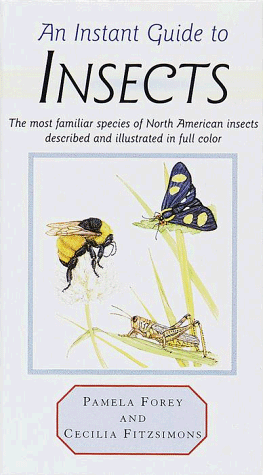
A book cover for Instant Guide to Insects (Instant Guides (Random House)); Pamela Forey; Sports & Outdoors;